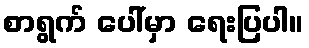
စာရွက် ပေါ်မှာ ရေးပြပါ။